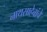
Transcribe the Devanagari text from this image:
नाथसाहेबांचे